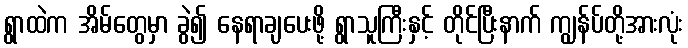
ရွာထဲက အိမ်တွေမှာ ခွဲ၍ နေရာချပေးဖို့ ရွာသူကြီးနှင့် တိုင်ပြီးနာက် ကျွန်ပ်တို့အားလုံး